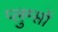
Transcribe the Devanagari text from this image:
प्लुम्प्तों